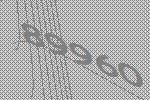
89960